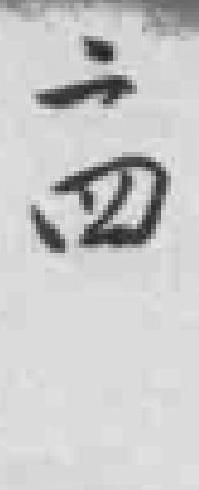
二四